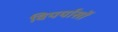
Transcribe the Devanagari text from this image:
विपर्यासों